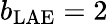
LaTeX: b_{\mathrm{LAE}}=2